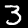
Label: 3